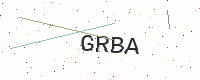
Text: GRBA